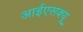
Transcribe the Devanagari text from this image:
आईएसक्यू